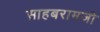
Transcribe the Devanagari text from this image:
साहबरामजी